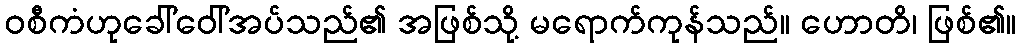
ဝစီကံဟုခေါ်ဝေါ်အပ်သည်၏ အဖြစ်သို့ မရောက်ကုန်သည်။ ဟောတိ၊ ဖြစ်၏။